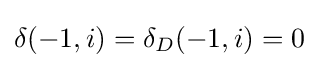
\delta (-1,i)=\delta _{D}(-1,i)=0\,\!